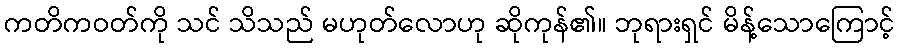
ကတိကဝတ်ကို သင် သိသည် မဟုတ်လောဟု ဆိုကုန်၏။ ဘုရားရှင် မိန့်သောကြောင့်